Source: Handwritten
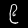
Digit: ၉ (9)